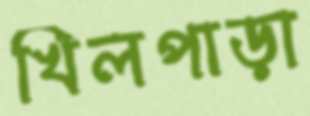
খিলপাড়া